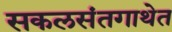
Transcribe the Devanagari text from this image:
सकलसंतगाथेत